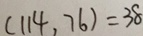
( 1 1 4 , 7 6 ) = 3 8